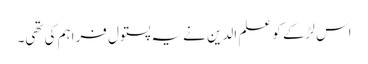
اس لڑکے کو علم الدین نے یہ پستول فراہم کی تھی۔